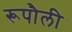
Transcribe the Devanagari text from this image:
रूपौली